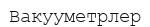
Вакууметрлер